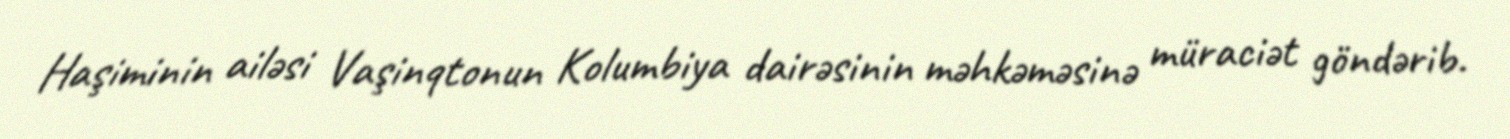
Haşiminin ailəsi Vaşinqtonun Kolumbiya dairəsinin məhkəməsinə müraciət göndərib.